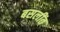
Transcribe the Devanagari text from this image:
बसलींत